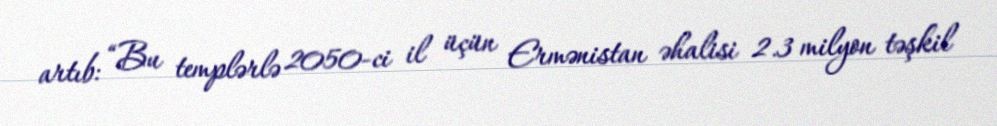
artıb: “Bu templərlə 2050-ci il üçün Ermənistan əhalisi 2.3 milyon təşkil